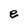
Character: e